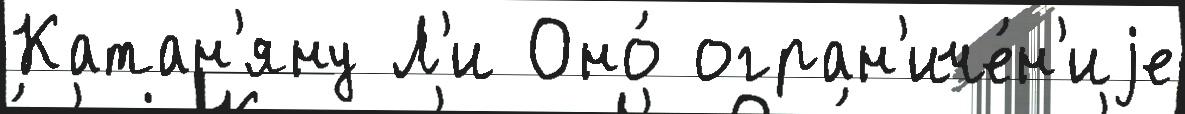
Катан'яну Л'и Оно́ огран'иче́н'иjе